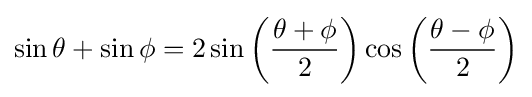
\sin \theta +\sin \phi =2\sin \left({\frac {\theta +\phi }{2}}\right)\cos \left({\frac {\theta -\phi }{2}}\right)